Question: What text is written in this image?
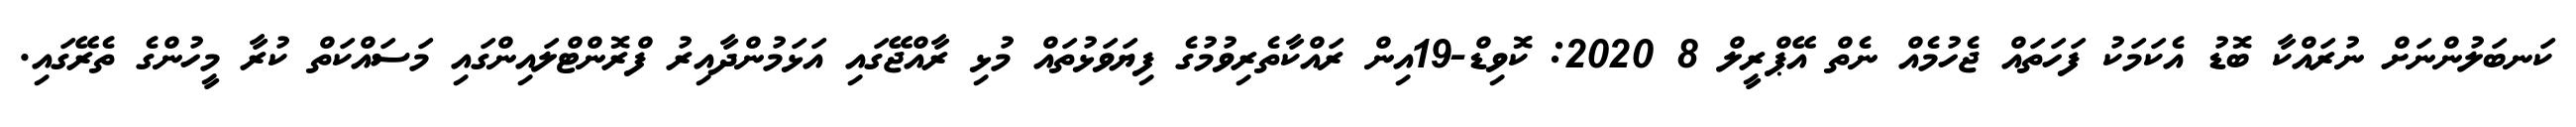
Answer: ކަނބަލުންނަށް ނުރައްކާ ބޮޑު އެކަމަކު ފަހަތައް ޖެހުމެއް ނެތް އޭޕްރީލް 8 2020: ކޮވިޑް-19އިން ރައްކާތެރިވުމުގެ ފިޔަވަޅުތައް މުޅި ރާއްޖޭގައި އަޅަމުންދާއިރު ފްރޮންޓްލައިންގައި މަސައްކަތް ކުރާ މީހުންގެ ތެރޭގައި.